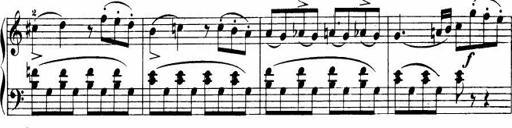
Title: Le bouquetier
Composer: Anton Diabelli
Key: G major
 C major
 F major
 C major